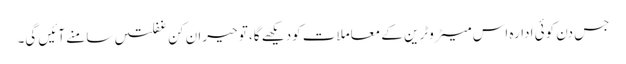
جس دن کوئی ادارہ اس میٹروٹرین کے معاملات کودیکھے گا، تو حیران کن غفلتیں سامنے آئیں گی۔